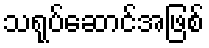
သရုပ်ဆောင်အဖြစ်